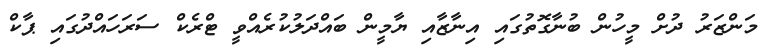
މަންޒަރު ދުށް މީހުން ބުނާގޮތުގައި އިނާޒާއި ޔާމީން ބައްދަލުކުރެއްވީ ޓްރެކް ސަރަހައްދުގައި ޕާކް